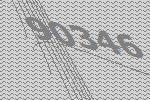
90346